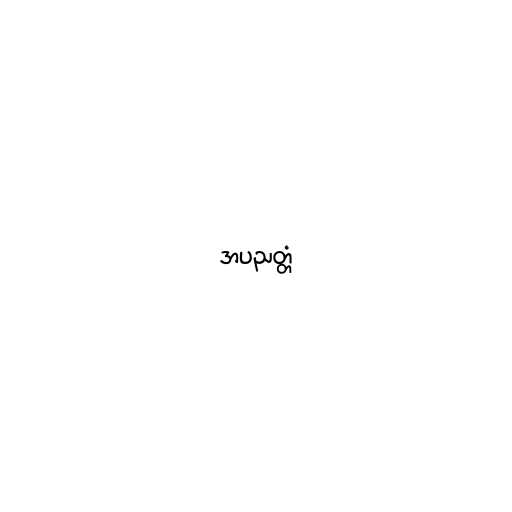
အပညတ္တံ